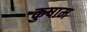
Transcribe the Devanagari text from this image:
कुषाम